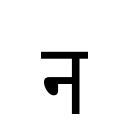
OCR:
न